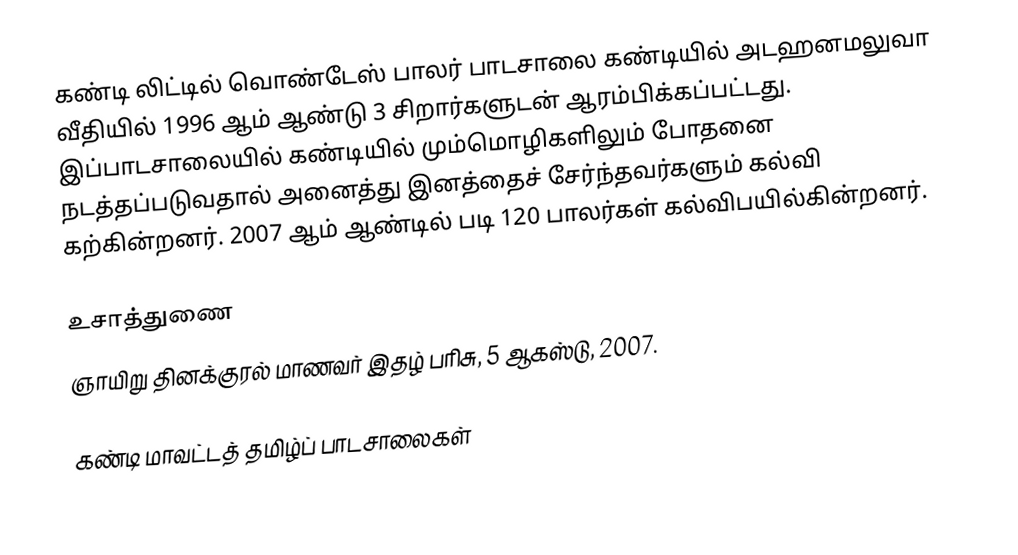
கண்டி லிட்டில் வொண்டேஸ் பாலர் பாடசாலை கண்டியில் அடஹனமலுவா வீதியில் 1996 ஆம் ஆண்டு 3 சிறார்களுடன் ஆரம்பிக்கப்பட்டது. இப்பாடசாலையில் கண்டியில் மும்மொழிகளிலும் போதனை நடத்தப்படுவதால் அனைத்து இனத்தைச் சேர்ந்தவர்களும் கல்வி கற்கின்றனர். 2007 ஆம் ஆண்டில் படி 120 பாலர்கள் கல்விபயில்கின்றனர்.

உசாத்துணை
ஞாயிறு தினக்குரல் மாணவர் இதழ் பரிசு, 5 ஆகஸ்டு, 2007.

கண்டி மாவட்டத் தமிழ்ப் பாடசாலைகள்